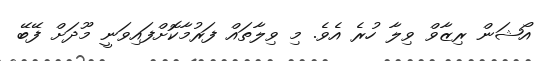
އޯޝަން ރިޒާވް ވިލާ ހުރެ އެވެ. މި ވިލާތައް ފަރުމާކޮށްފައިވަނީ މޫދަށް ފޭބޭ